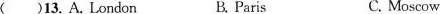
()13.A.London B.Paris C. Moscow